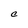
Character: C